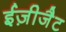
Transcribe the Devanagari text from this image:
ईज़ीजैट